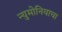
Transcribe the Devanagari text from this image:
न्युमोनियाचा